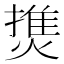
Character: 𤍐